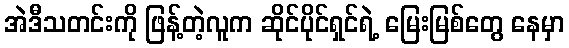
အဲဒီသတင်းကို ဖြန့်တဲ့လူက ဆိုင်ပိုင်ရှင်ရဲ့ မြေးမြစ်တွေ နေမှာ